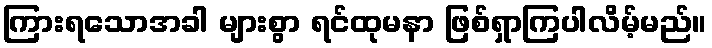
ကြားရသောအခါ များစွာ ရင်ထုမနာ ဖြစ်ရှာကြပါလိမ့်မည်။